DOW-UAP-D12, Mission Report, Iraq, May 2022
Agency: Department of War
Incident date: 5/20/22
Incident location: Iraq
Page 2
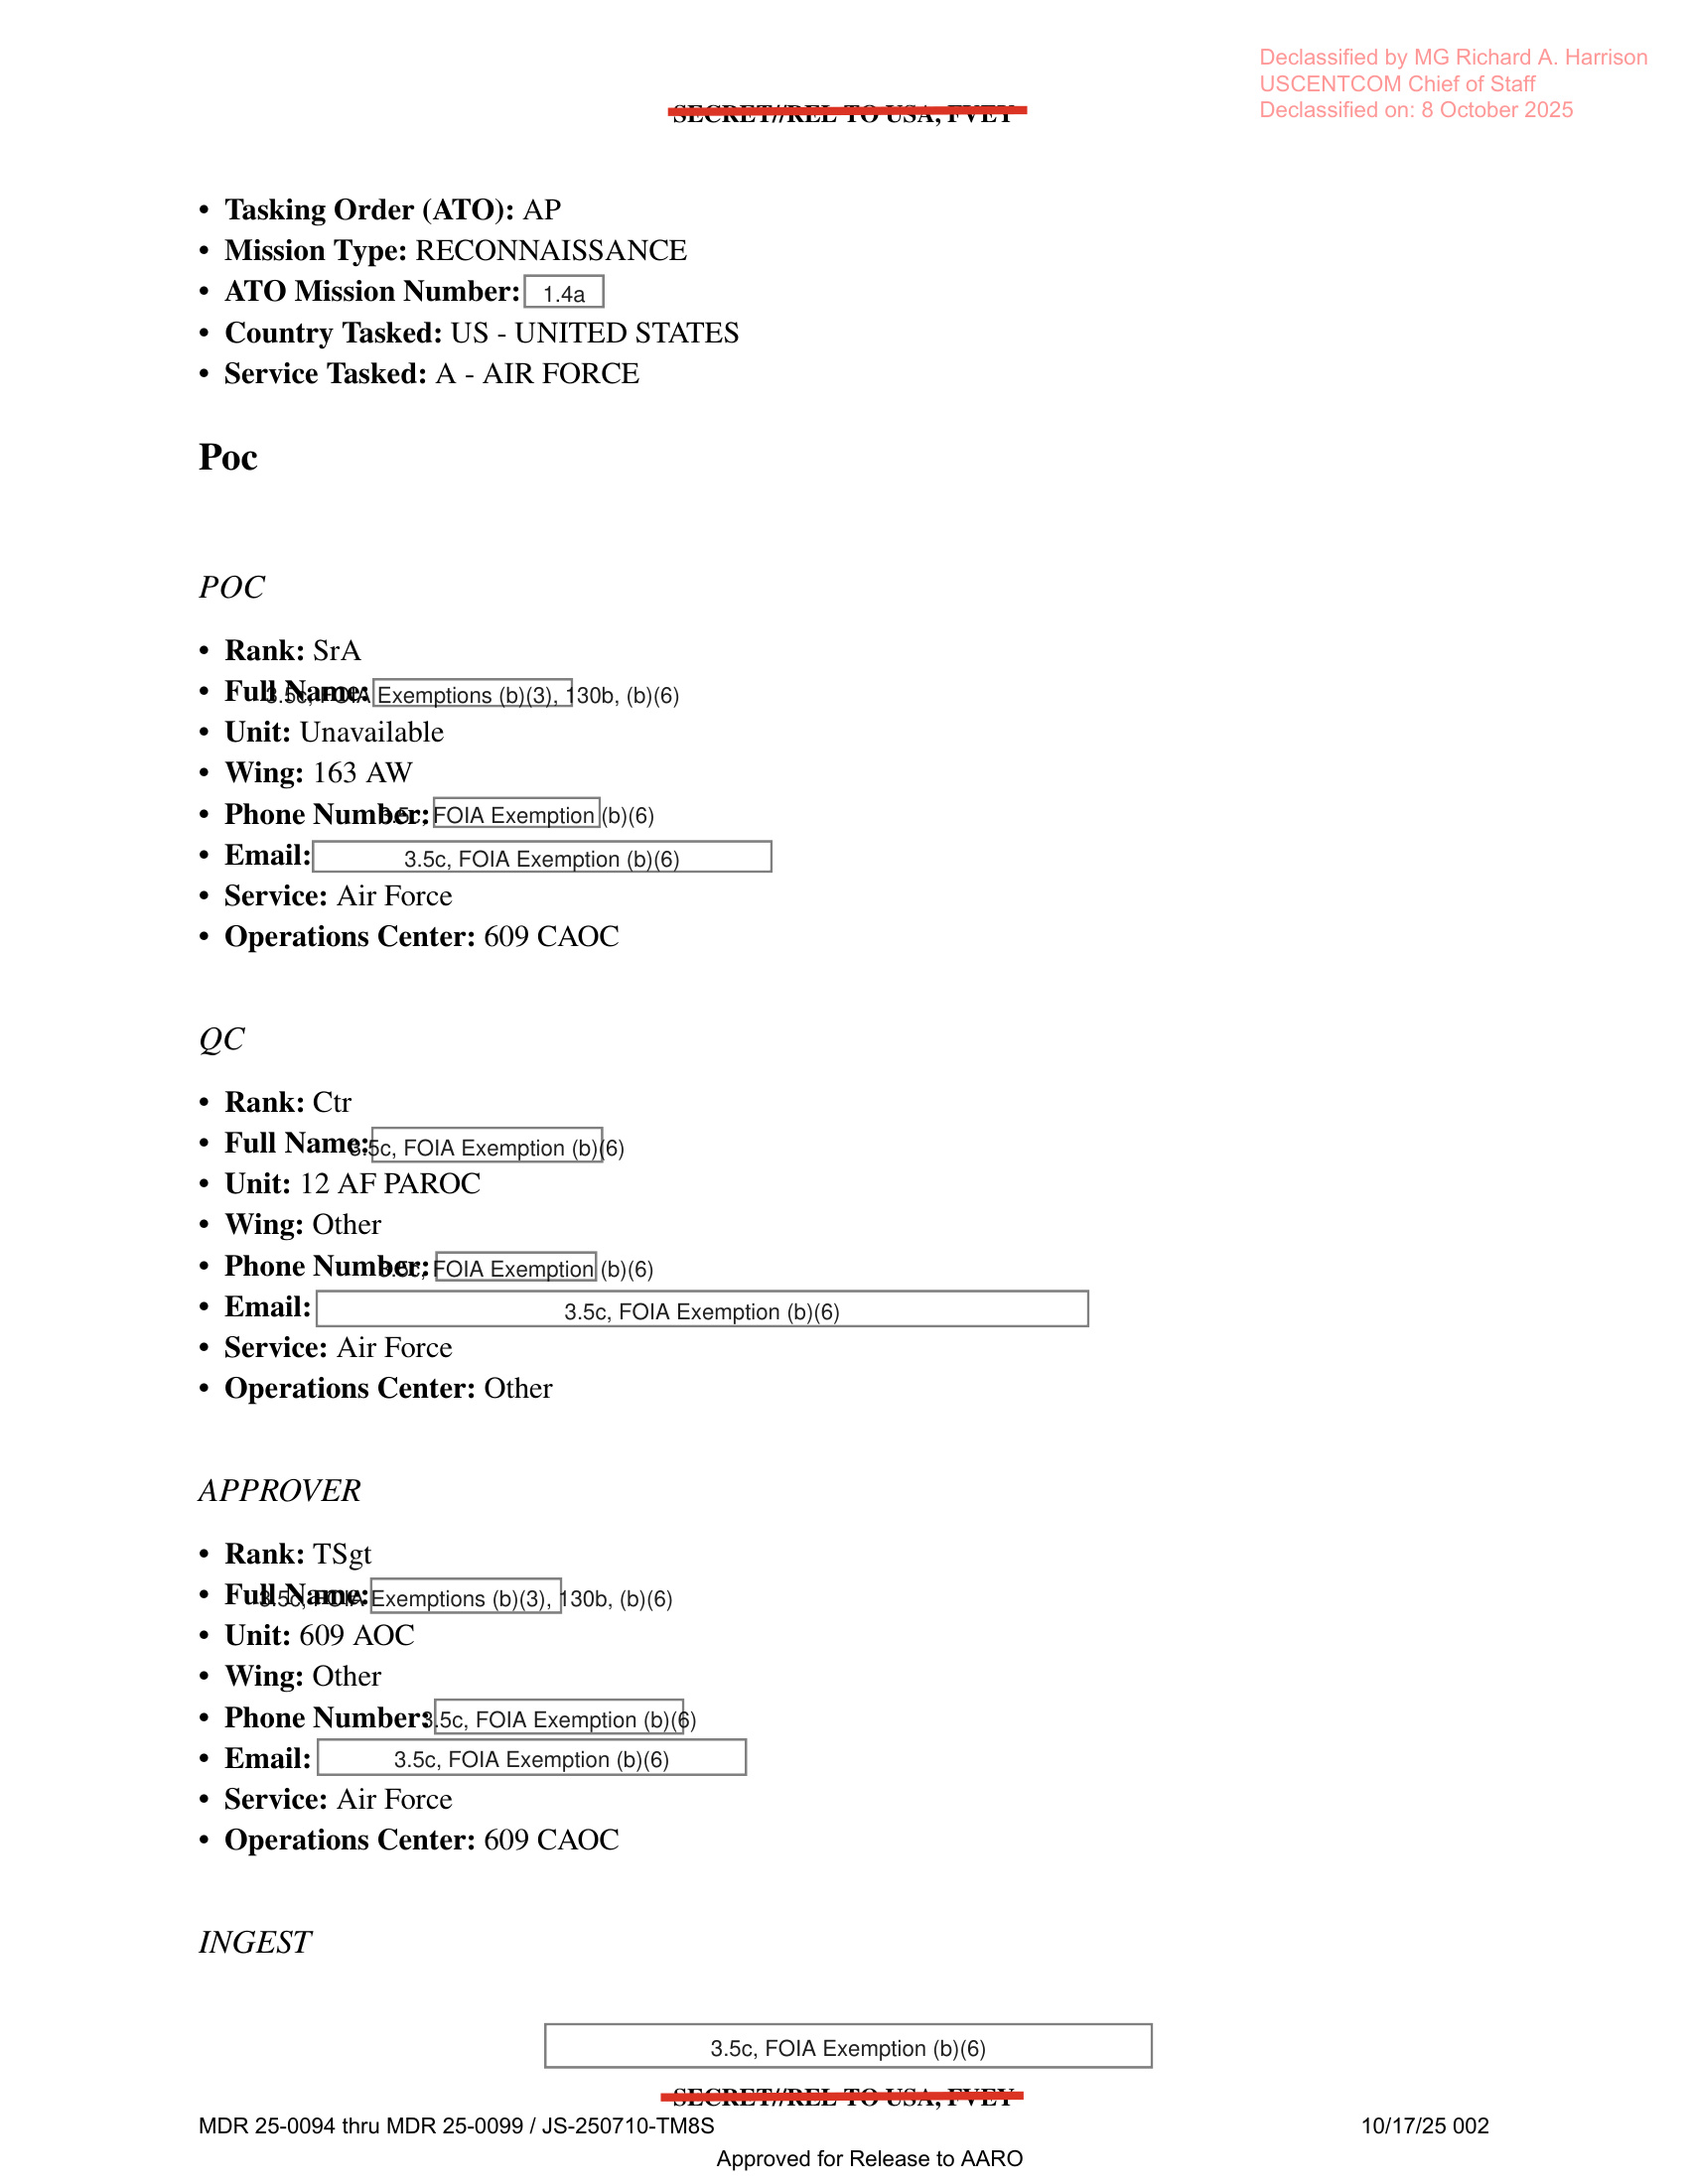